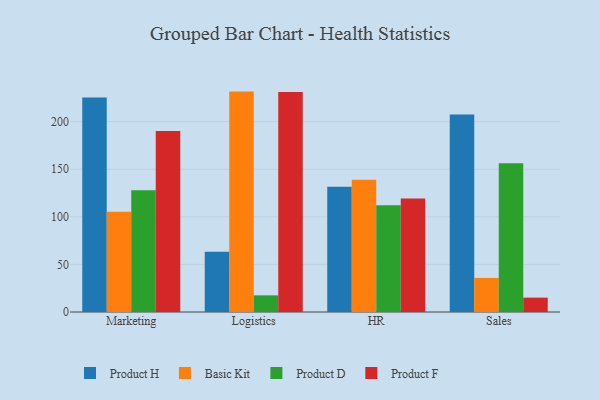
{"axis": {"x": "Department", "y": "Demand Index"}, "legend": ["Basic Kit", "Product D", "Product F", "Product H"], "data": [{"x": "Marketing", "y": 225.4, "type": "Product H"}, {"x": "Marketing", "y": 105.4, "type": "Basic Kit"}, {"x": "Marketing", "y": 128.0, "type": "Product D"}, {"x": "Marketing", "y": 190.2, "type": "Product F"}, {"x": "Logistics", "y": 63.4, "type": "Product H"}, {"x": "Logistics", "y": 231.6, "type": "Basic Kit"}, {"x": "Logistics", "y": 17.5, "type": "Product D"}, {"x": "Logistics", "y": 231.1, "type": "Product F"}, {"x": "HR", "y": 131.7, "type": "Product H"}, {"x": "HR", "y": 139.1, "type": "Basic Kit"}, {"x": "HR", "y": 112.2, "type": "Product D"}, {"x": "HR", "y": 119.3, "type": "Product F"}, {"x": "Sales", "y": 207.6, "type": "Product H"}, {"x": "Sales", "y": 35.8, "type": "Basic Kit"}, {"x": "Sales", "y": 156.2, "type": "Product D"}, {"x": "Sales", "y": 15.1, "type": "Product F"}]}